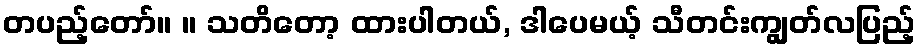
တပည့်တော်။ ။ သတိတော့ ထားပါတယ်, ဒါပေမယ့် သီတင်းကျွတ်လပြည့်